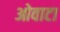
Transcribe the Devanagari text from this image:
ओवाटा